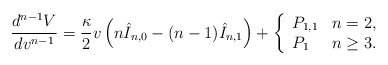
\begin{align*} \frac{d^{n-1}V}{dv^{n-1}}=\frac{\kappa}{2}v\left(n\hat{I}_{n,0}-(n-1)\hat{I}_{n,1}\right)+\left\{ \begin{array}{ll} P_{1,1} & n=2,\\ P_{1} & n\geq 3. \end{array}\right.\end{align*}